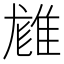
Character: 𨿙